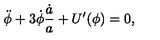
\ddot { \phi } + 3 \dot { \phi } \frac { \dot { a } } { a } + U ^ { \prime } ( \phi ) = 0 ,